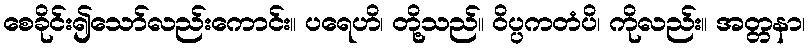
စေခိုင်း၍သော်လည်းကောင်း။ ပရေဟိ၊ တို့သည်။ ဝိပ္ပကတံပိ၊ ကိုလည်း။ အတ္တနာ၊